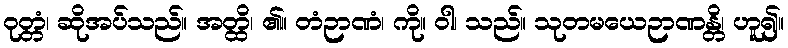
ဝုတ္တံ၊ ဆိုအပ်သည်။ အတ္ထိ၊ ၏။ တံဉာဏံ၊ ကို။ ဝါ၊ သည်။ သုတမယေဉာဏန္တိ၊ ဟူ၍။